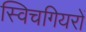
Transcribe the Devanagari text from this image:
स्विचगियरों